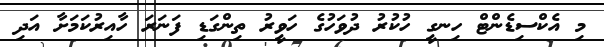
މި އެކްސިޑެންޓް ހިނގީ ހުކުރު ދުވަހުގެ ހަވީރު ތިންގަޑި ފަނަރަ ހާއިރުކަމަށާ އަދި